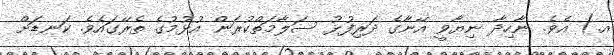
އ.) އެވެ. ނާހިދާ ނިޔާވީ އޭނާގެ ދަރިފުޅު ސަލާމަތްކުރަން އުޅުމުގެ ތެރޭގައެވެ. ކަނޑަށް